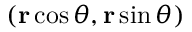
( \mathbf r \cos \theta , \mathbf r \sin \theta )